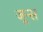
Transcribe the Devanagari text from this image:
जून्स